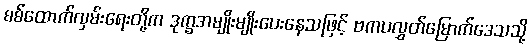
စစ်ထောက်လှမ်းရေးတို့က ဒုက္ခအမျိုးမျိုးပေးနေသဖြင့် ဗကပလွှတ်မြောက်ဒေသသို့